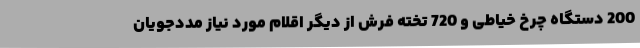
200 دستگاه چرخ خیاطی و 720 تخته فرش از دیگر اقلام مورد نیاز مددجویان